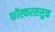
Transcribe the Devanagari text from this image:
फॉस्फरससुक्त